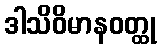
ဒါသိဝိမာနဝတ္ထု